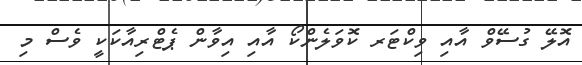
އޮލޭ ގުސޭވް އާއި ވިކްޓަރ ކޮވަލެންކޯ އާއި އިވާން ޕެޓްރިއާކަކީ ވެސް މި